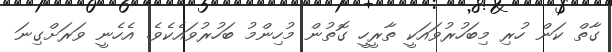
ގާތް ކަން ހުރި މިބަހުރުވައަކީ ތާރީހީ ގޮތުން މުހިންމު ބަހުރުވައެކެވެ. އެހެނީ ވަރަށްގިނަ